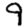
Digit: 9